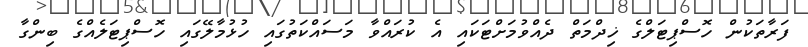
ފަރާތަކުން ހޮސްޕިޓަލްގެ ޚިދްމަތް ދެއްވުމަށްޓަކައި އެ ކުރައްވާ މަސައްކަތުގައި ހުޅުމާލޭގައި ހޮސްޕިޓަލެއްގެ ބިންގާ